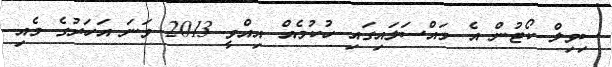
ސިވިލް ކޯޓުން އެ މައްސަލައިގައި ހުކުމެއް އިއްވީ 2013 ވަނަ އަހަރުގެ މެއި